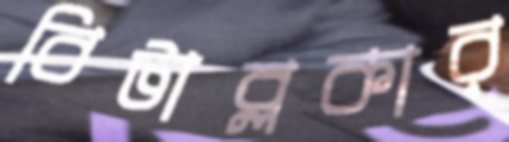
বিটাব্লকার